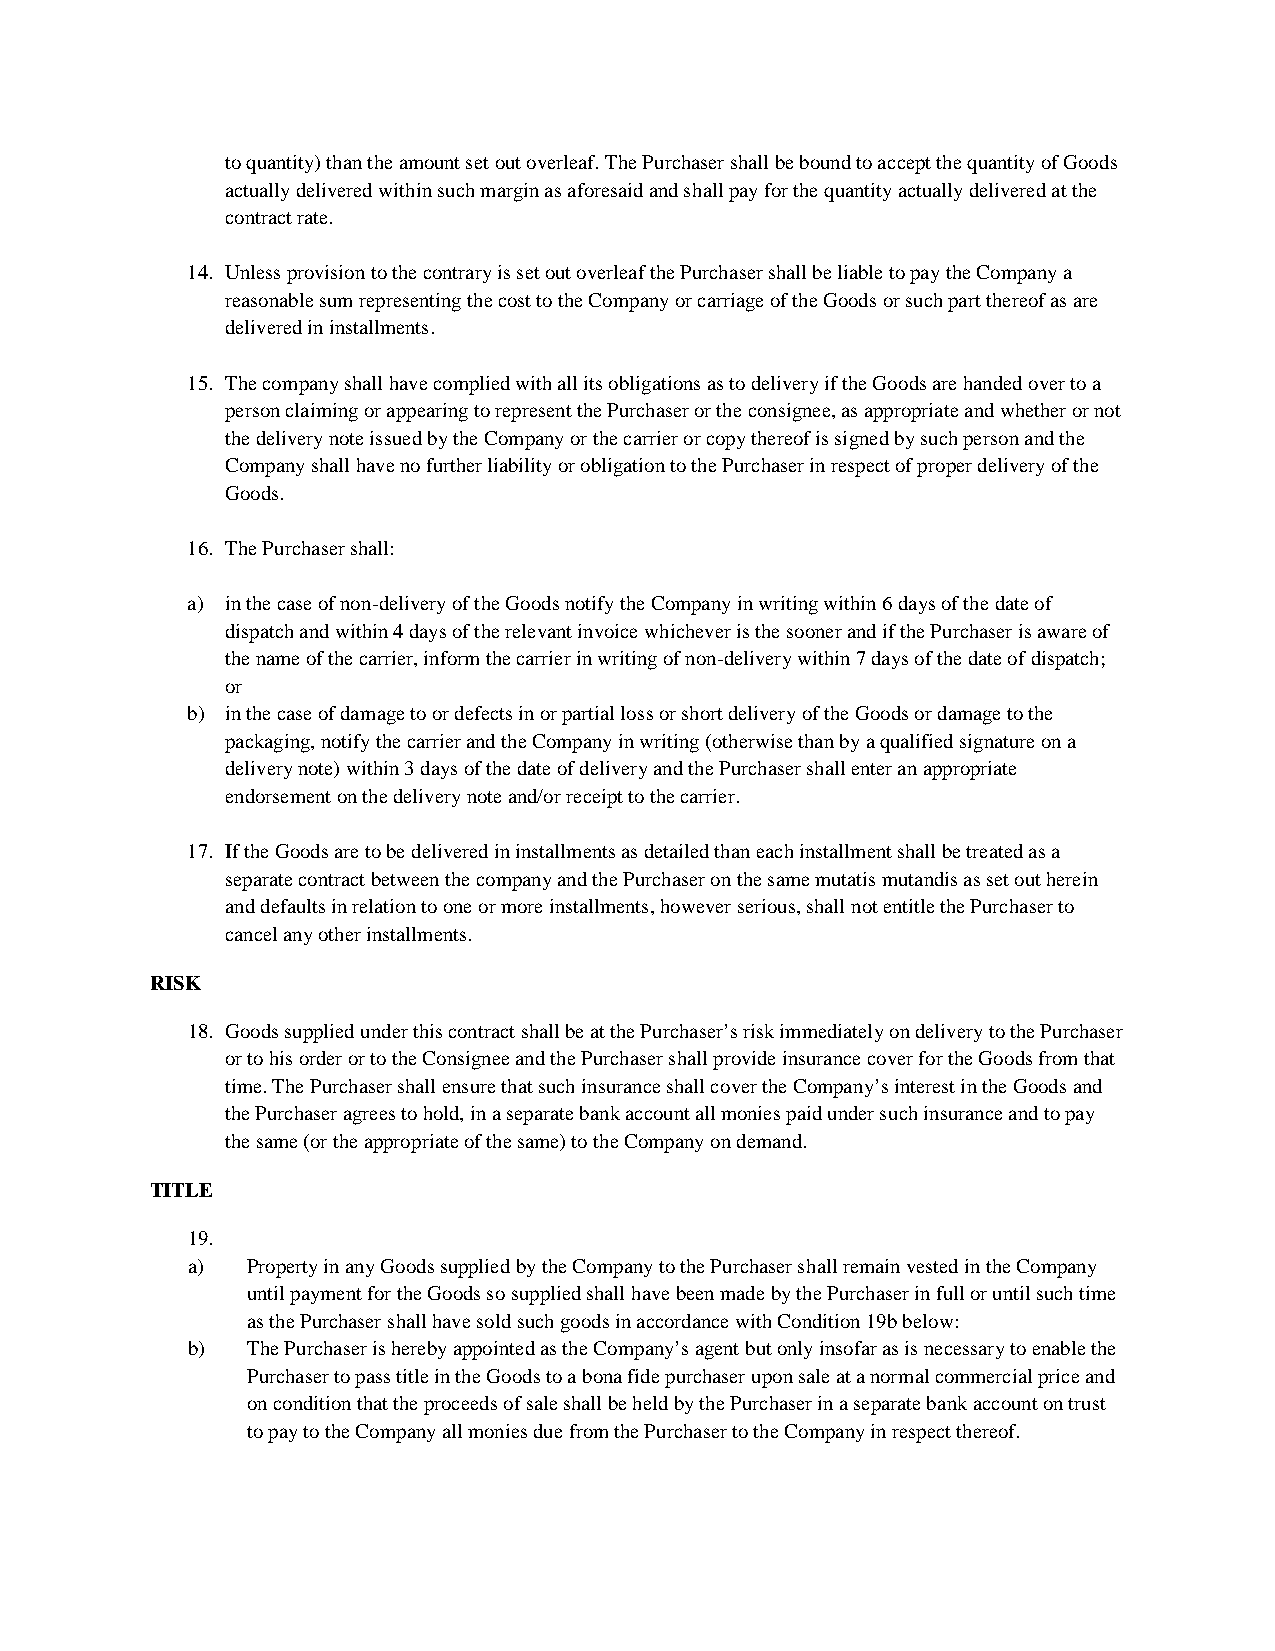
to quantity) than the amount set out overleaf. The Purchaser shall be bound to accept the quantity of Goods
 actually delivered within such margin as aforesaid and shall pay for the quantity actually delivered at the
 contract rate.
 14. Unless provision to the contrary is set out overleaf the Purchaser shall be liable to pay the Company a
 reasonable sum representing the cost to the Company or carriage of the Goods or such part thereof as are
 delivered in installments.
 15. The company shall have complied with all its obligations as to delivery if the Goods are handed over to a
 person claiming or appearing to represent the Purchaser or the consignee, as appropriate and whether or not
 the delivery note issued by the Company or the carrier or copy thereof is signed by such person and the
 Company shall have no further liability or obligation to the Purchaser in respect of proper delivery of the
 Goods.
 16. The Purchaser shall:
 a) in the case of non-delivery of the Goods notify the Company in writing within 6 days of the date of
 dispatch and within 4 days of the relevant invoice whichever is the sooner and if the Purchaser is aware of
 the name of the carrier, inform the carrier in writing of non-delivery within 7 days of the date of dispatch;
 or
 b) in the case of damage to or defects in or partial loss or short delivery of the Goods or damage to the
 packaging, notify the carrier and the Company in writing (otherwise than by a qualified signature on a
 delivery note) within 3 days of the date of delivery and the Purchaser shall enter an appropriate
 endorsement on the delivery note and/or receipt to the carrier.
 17. If the Goods are to be delivered in installments as detailed than each installment shall be treated as a
 separate contract between the company and the Purchaser on the same mutatis mutandis as set out herein
 and defaults in relation to one or more installments, however serious, shall not entitle the Purchaser to
 cancel any other installments.
 RISK
 18. Goods supplied under this contract shall be at the Purchaser’s risk immediately on delivery to the Purchaser
 or to his order or to the Consignee and the Purchaser shall provide insurance cover for the Goods from that
 time. The Purchaser shall ensure that such insurance shall cover the Company’s interest in the Goods and
 the Purchaser agrees to hold, in a separate bank account all monies paid under such insurance and to pay
 the same (or the appropriate of the same) to the Company on demand.
 TITLE
 19.
 a)  Property in any Goods supplied by the Company to the Purchaser shall remain vested in the Company
 until payment for the Goods so supplied shall have been made by the Purchaser in full or until such time
 as the Purchaser shall have sold such goods in accordance withCondition 19b below:
 b)  The Purchaser is hereby appointed as the Company’s agent but only insofar as is necessary to enable the
 Purchaser to pass title in the Goods to a bona fide purchaser upon sale at a normal commercial price and
 on condition that the proceeds of sale shall be held by the Purchaser in a separate bank account on trust
 to pay to the Company all monies due from the Purchaser to the Company in respect thereof.